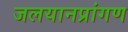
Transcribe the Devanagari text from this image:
जलयानप्रांगण